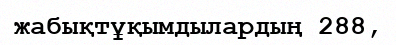
жабықтұқымдылардың 288,